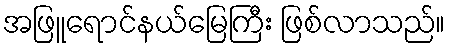
အဖြူရောင်နယ်မြေကြီး ဖြစ်လာသည်။